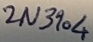
Text: 2N3904